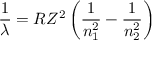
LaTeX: { \frac { 1 } { \lambda } } = R Z ^ { 2 } \left( { \frac { 1 } { n _ { 1 } ^ { 2 } } } - { \frac { 1 } { n _ { 2 } ^ { 2 } } } \right)